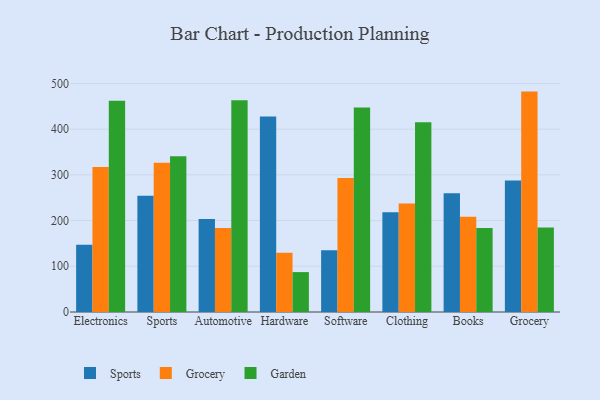
{"axis": {"x": "Category", "y": "Revenue (USD Million)"}, "legend": ["Garden", "Grocery", "Sports"], "data": [{"x": "Electronics", "y": 146.9, "type": "Sports"}, {"x": "Electronics", "y": 317.1, "type": "Grocery"}, {"x": "Electronics", "y": 462.3, "type": "Garden"}, {"x": "Sports", "y": 254.1, "type": "Sports"}, {"x": "Sports", "y": 326.2, "type": "Grocery"}, {"x": "Sports", "y": 340.7, "type": "Garden"}, {"x": "Automotive", "y": 203.5, "type": "Sports"}, {"x": "Automotive", "y": 183.5, "type": "Grocery"}, {"x": "Automotive", "y": 463.1, "type": "Garden"}, {"x": "Hardware", "y": 427.8, "type": "Sports"}, {"x": "Hardware", "y": 129.8, "type": "Grocery"}, {"x": "Hardware", "y": 87.3, "type": "Garden"}, {"x": "Software", "y": 134.9, "type": "Sports"}, {"x": "Software", "y": 293.1, "type": "Grocery"}, {"x": "Software", "y": 447.5, "type": "Garden"}, {"x": "Clothing", "y": 218.2, "type": "Sports"}, {"x": "Clothing", "y": 237.3, "type": "Grocery"}, {"x": "Clothing", "y": 415.1, "type": "Garden"}, {"x": "Books", "y": 259.9, "type": "Sports"}, {"x": "Books", "y": 208.1, "type": "Grocery"}, {"x": "Books", "y": 183.9, "type": "Garden"}, {"x": "Grocery", "y": 287.7, "type": "Sports"}, {"x": "Grocery", "y": 482.1, "type": "Grocery"}, {"x": "Grocery", "y": 185.0, "type": "Garden"}]}